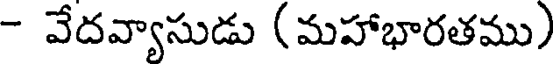
- వేదవ్యాసుడు (మహాభారతము)